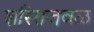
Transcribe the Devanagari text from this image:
शरिराजवळ